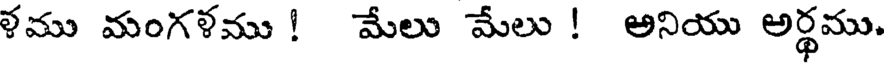
ళము మంగళము ! మేలు మేలు ! అనియు అర్థము.